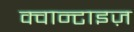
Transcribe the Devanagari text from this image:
क्वान्टाइज़